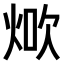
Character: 𤉚